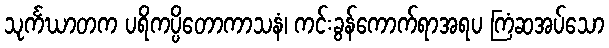
သုင်္ကဃာတက ပရိကပ္ပိတောကာသနံ၊ ကင်းခွန်ကောက်ရာအရပ ကြံဆအပ်သော